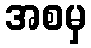
အစမှ